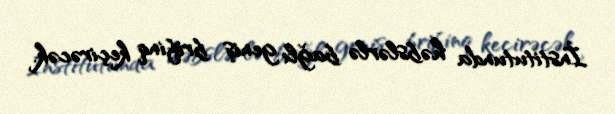
İnstitutunda həbslərlə bağlı geniş brifinq keçirəcək.